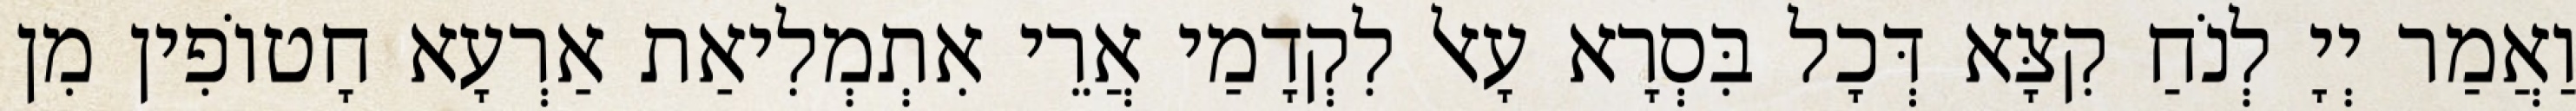
וַאֲמַר יְיָ לְנֹחַ קִצָּא דְּכָל בִּסְרָא עָאל לִקְדָמַי אֲרֵי אִתְמְלִיאַת אַרְעָא חָטוֹפִין מִן